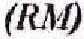
(RM)